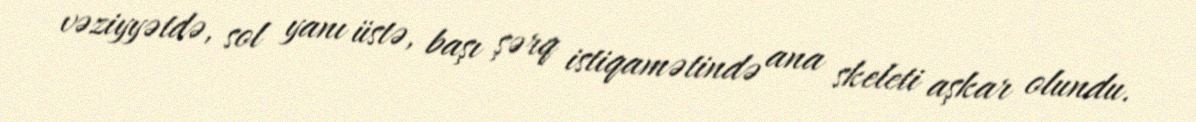
vəziyyətdə, sol yanı üstə, başı şərq istiqamətində ana skeleti aşkar olundu.